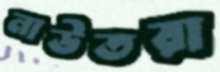
নাউতরা